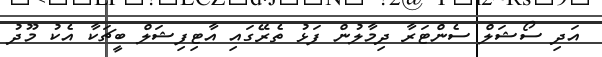
އަދި ސޯޝަލް ސެންޓަރާ ދިމާލުން ފަޅު ތެރޭގައި އާޓިފިޝަލް ބީޗަކާ އެކު މޫދު